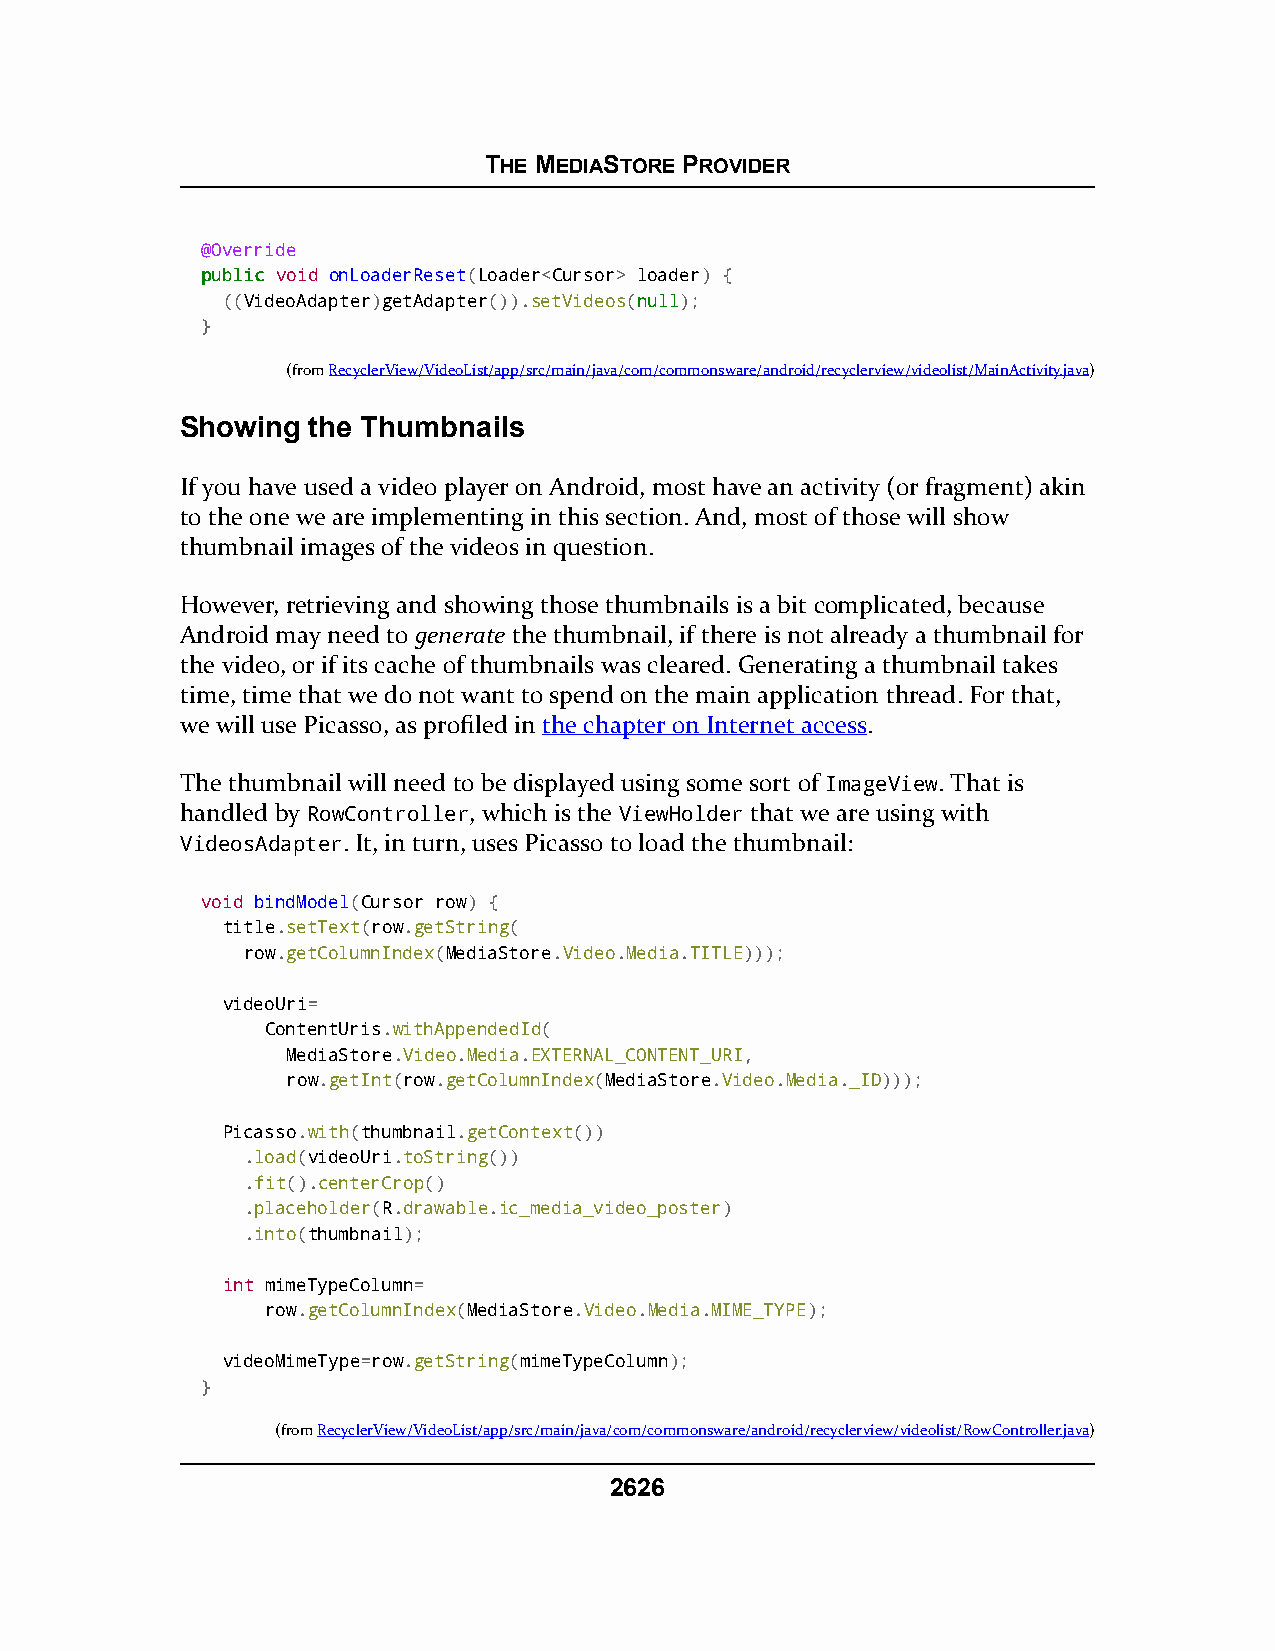
THE MEDIASTORE PROVIDER
 @Override
 ppuubblliicc void onLoaderReset(Loader<Cursor> loader) {
 ((VideoAdapter)getAdapter()).setVideos(nnuullll);
 }
 (fromRecyclerView/VideoList/app/src/main/java/com/commonsware/android/recyclerview/videolist/MainActivity.java)
 Showing the Thumbnails
 If you have used a video player on Android, most have an activity (or fragment) akin
 to the one we are implementing in this section. And, most of those will show
 thumbnail images of the videos in question.
 However, retrieving and showing those thumbnails is a bit complicated, because
 Android may need to generate the thumbnail, if there is not already a thumbnail for
 the video, or if its cache of thumbnails was cleared. Generating a thumbnail takes
 time, time that we do not want to spend on the main application thread. For that,
 we will use Picasso, as profiled in the chapter on Internet access.
 The thumbnail will need to be displayed using some sort of ImageView. That is
 handled by RowController, which is the ViewHolder that we are using with
 VideosAdapter. It, in turn, uses Picasso to load the thumbnail:
 void bindModel(Cursor row) {
 title.setText(row.getString(
 row.getColumnIndex(MediaStore.Video.Media.TITLE)));
 videoUri=
 ContentUris.withAppendedId(
 MediaStore.Video.Media.EXTERNAL_CONTENT_URI,
 row.getInt(row.getColumnIndex(MediaStore.Video.Media._ID)));
 Picasso.with(thumbnail.getContext())
 .load(videoUri.toString())
 .fit().centerCrop()
 .placeholder(R.drawable.ic_media_video_poster)
 .into(thumbnail);
 int mimeTypeColumn=
 row.getColumnIndex(MediaStore.Video.Media.MIME_TYPE);
 videoMimeType=row.getString(mimeTypeColumn);
 }
 (fromRecyclerView/VideoList/app/src/main/java/com/commonsware/android/recyclerview/videolist/RowController.java)
 2626